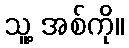
သူ့ အစ်ကို။